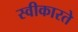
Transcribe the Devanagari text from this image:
स्‍वीकारते